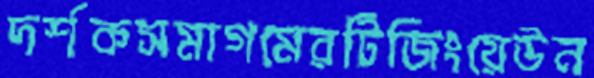
দর্শকসমাগমেরটিজিংয়েউন